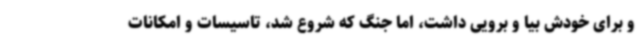
و برای خودش بیا و برویی داشت، اما جنگ که شروع شد، تاسیسات و امکانات